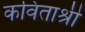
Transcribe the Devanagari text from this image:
कविताश्री